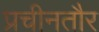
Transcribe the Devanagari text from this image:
प्रचीनतौर